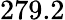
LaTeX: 279.2